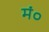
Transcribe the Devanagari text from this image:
मं०